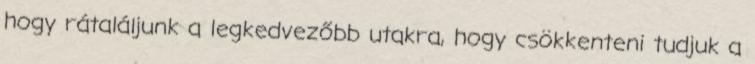
hogy rátaláljunk a legkedvezőbb utakra, hogy csökkenteni tudjuk a